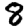
Digit: 8